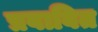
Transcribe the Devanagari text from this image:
प्रवाबित